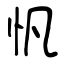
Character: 忛